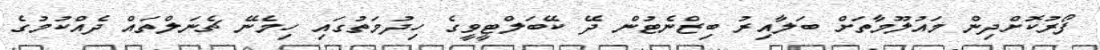
ފޯރުކޮށްދިން މައުލޫމާތަށް ބަލާއިރު ބިޒްނެޓުން ދޭ ކޭބަލްޓީވީގެ ހިދުމަތުގައި ހިމެނޭ ޗެނަލްތައް ދެއްކުމުގެ